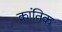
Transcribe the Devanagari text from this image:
कांतिक